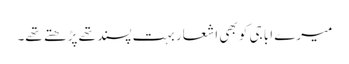
میرے ابا جی کو بھی اشعار بہت پسند تھے پڑھتے تھے۔